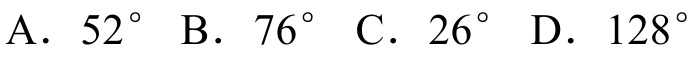
A. \(52^{\circ}\) B. \(76^{\circ}\) C. \(26^{\circ}\) D. \(128^{\circ}\)